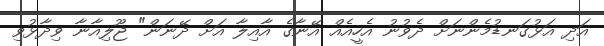
އަދި އަަޅުގަނޑުމެންނަށް ދެވުނު އެހީއެއް އޭނާގެ އާއިލާ އަށް ދޭނަން" ޖޫލިއާނާ ވިދާޅުވި